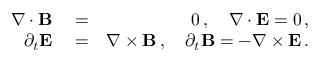
\begin{array} { r l r } { \nabla \cdot { \bf B } } & { { } = } & { 0 \, , \quad \nabla \cdot { \bf E } = 0 \, , } \\ { \partial _ { t } { \bf E } } & { { } = } & { \nabla \times { \bf B } \, , \quad \partial _ { t } { \bf B } = - \nabla \times { \bf E } \, . } \end{array}